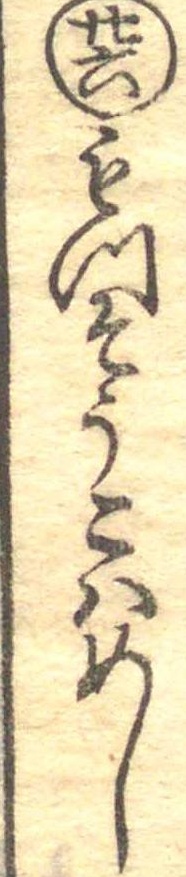
廿六もつそうこはめし